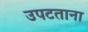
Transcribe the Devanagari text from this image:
उपटताना